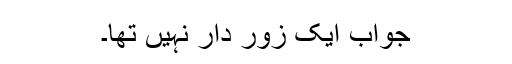
جواب ایک زور دار نہیں تھا۔